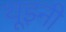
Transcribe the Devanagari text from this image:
यूझ्नी